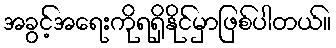
အခွင့်အရေးကိုရရှိနိုင်မှာဖြစ်ပါတယ်။